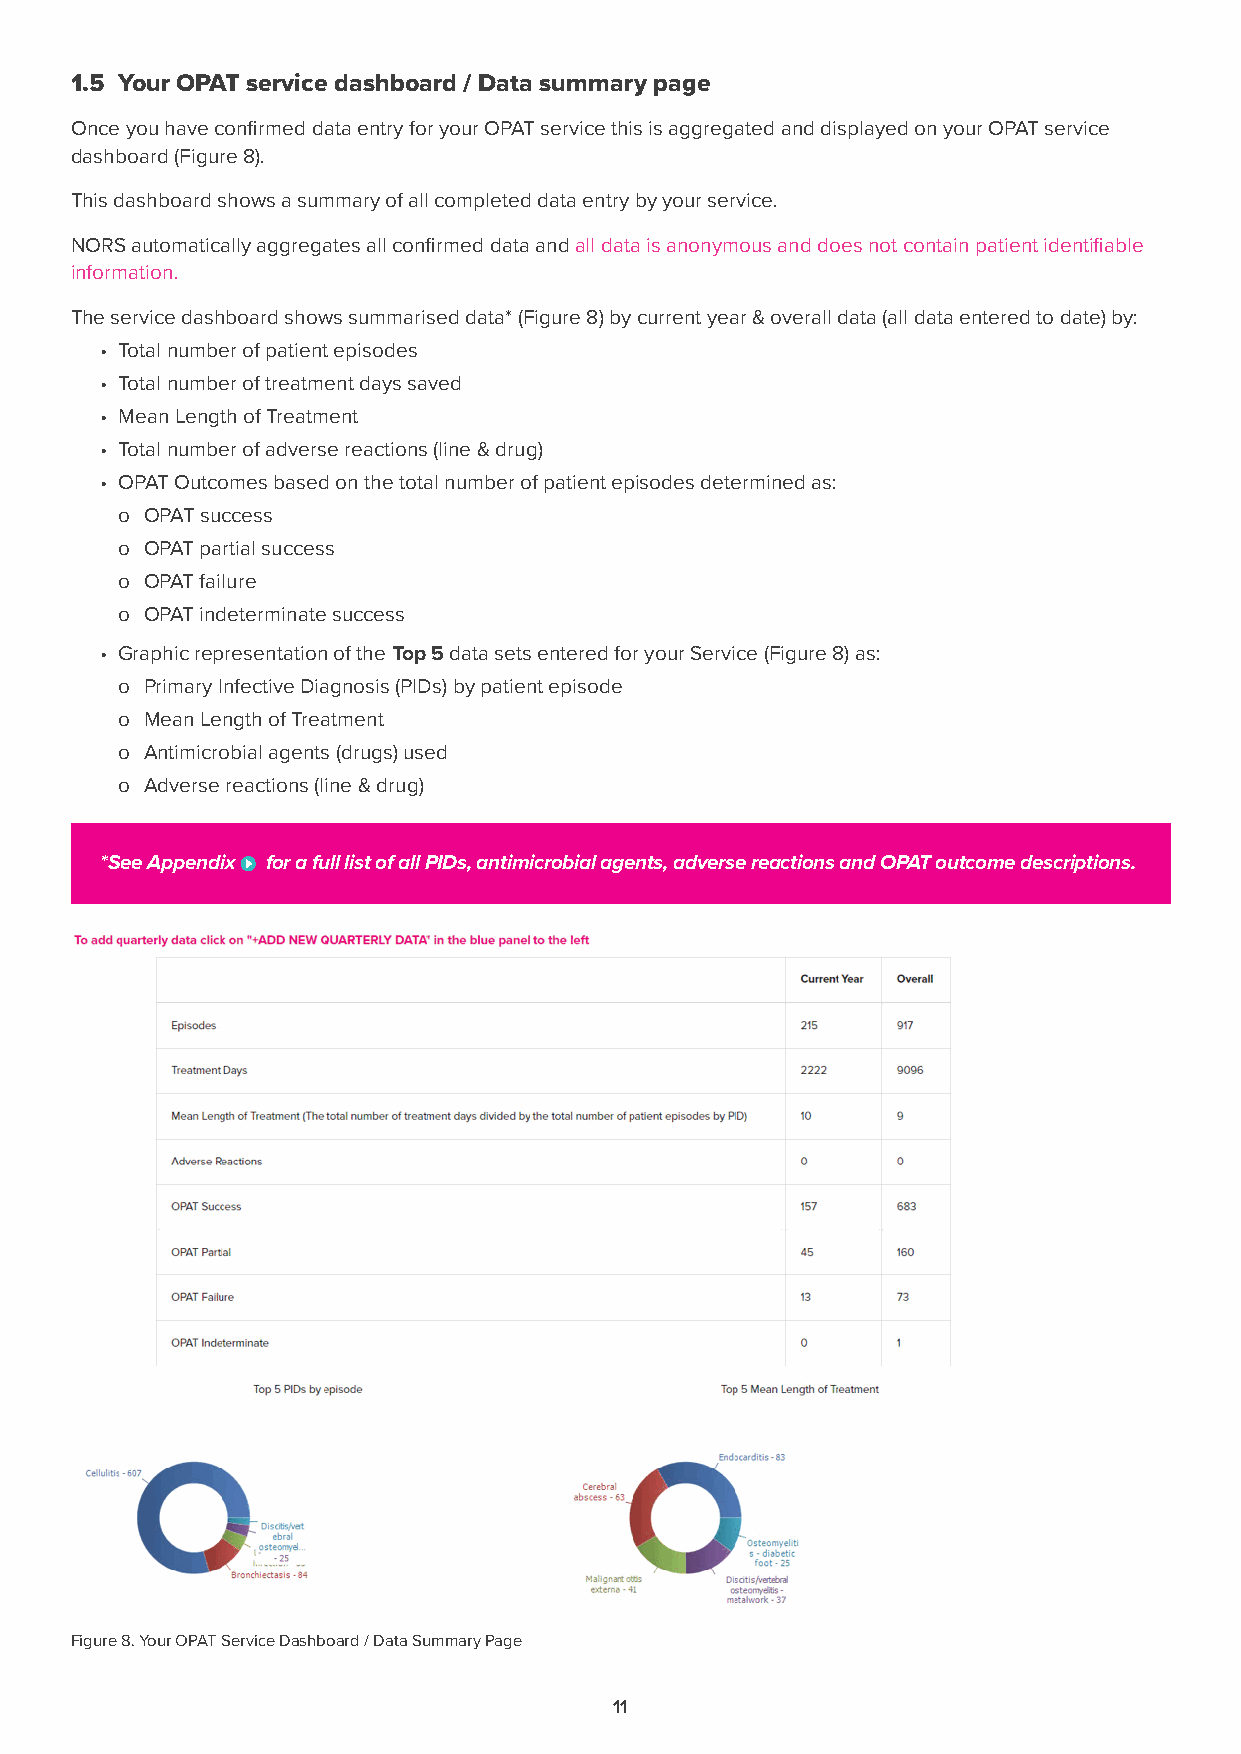
1.5 Your OPAT service dashboard / Data summary page
 Once you have confirmed data entry for your OPAT service this is aggregated and displayed on your OPAT service
 dashboard (Figure 8).
 This dashboard shows a summary of all completed data entry by your service.
 NORS automatically aggregates all confirmed data and all data is anonymous and does not contain patient identifiable
 information.
 The service dashboard shows summarised data* (Figure 8) by current year & overall data (all data entered to date) by:
 • Total number of patient episodes
 • Total number of treatment days saved
 • Mean Length of Treatment
 • Total number of adverse reactions (line & drug)
 • OPAT Outcomes based on the total number of patient episodes determined as:
 o OPAT success
 o OPAT partial success
 o OPAT failure
 o OPAT indeterminate success
 • Graphic representation of the Top 5 data sets entered for your Service (Figure 8) as:
 o Primary Infective Diagnosis (PIDs) by patient episode
 o Mean Length of Treatment
 o Antimicrobial agents (drugs) used
 o Adverse reactions (line & drug)
 *See Appendix for a full list of all PIDs, antimicrobial agents, adverse reactions and OPAT outcome descriptions.
 Figure 8. Your OPAT Service Dashboard / Data Summary Page
 11